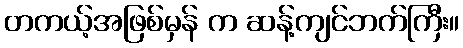
တကယ့်အဖြစ်မှန် က ဆန့်ကျင်ဘက်ကြီး။